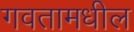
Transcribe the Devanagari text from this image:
गवतामधील